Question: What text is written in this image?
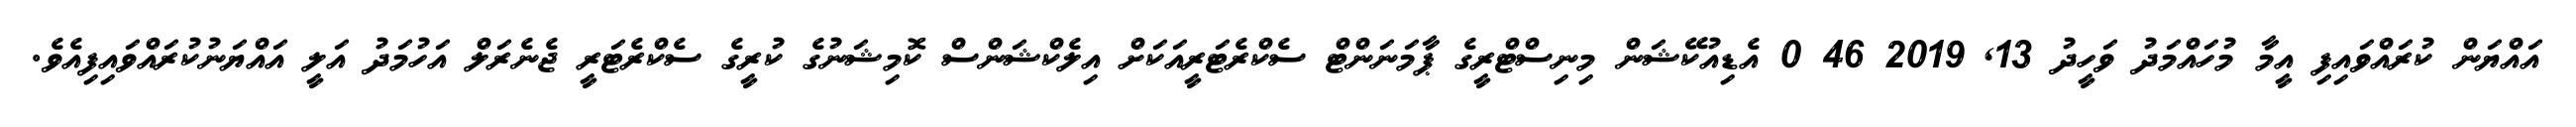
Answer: އައްޔަން ކުރައްވައިފި އީމާ މުހައްމަދު ވަހީދު 13, 2019 46 0 އެޑިއުކޭޝަން މިނިސްޓްރީގެ ޕާމަނަންޓް ސެކްރެޓަރީއަކަށް އިލެކްޝަންސް ކޮމިޝަނުގެ ކުރީގެ ސެކްރެޓަރީ ޖެނެރަލް އަހުމަދު އަލީ އައްޔަނުކުރައްވައިފިއެވެ.